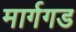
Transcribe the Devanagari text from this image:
मार्गगड